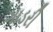
ગાડરી